Medical and sanitary report of the native army of Bengal for the year
Year: 1874
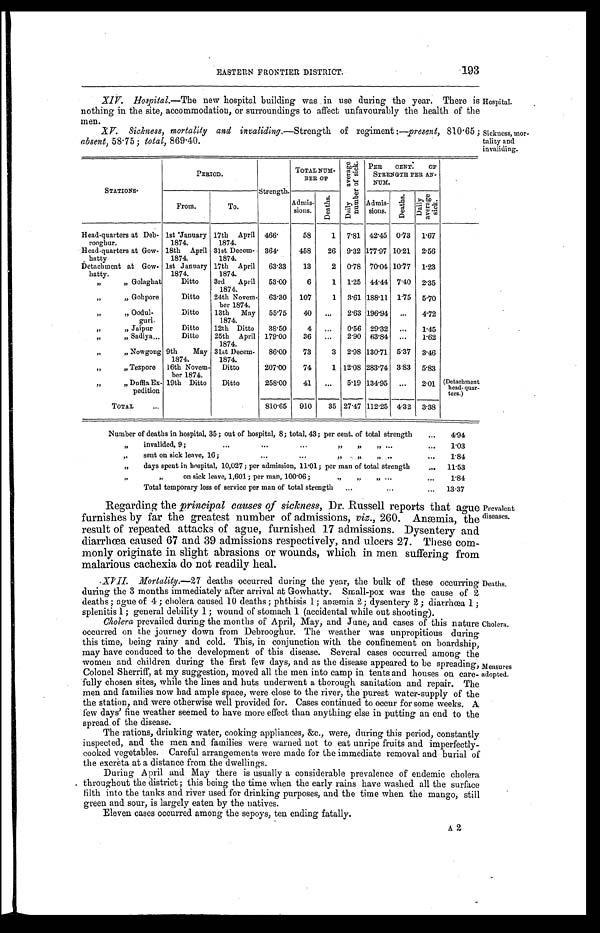
EASTERN FRONTIER DISTRICT.
193
XI V. Hos pi t al . —Then e w h o s p i t a l b u i l d i n g w a s i n u s e d u r i n g t h e y e a r . T h e r e i s
nothing in the site, accommodation, or surroundings to affect unfavourably the health of the
men.
XV. Sickness, mortality and invaliding.—Strength of regiment:—present, 810.65;
absent, 58.75; total, 869.40.
Hospital.
Sickness, mor
-tality and
invaliding.
S T A T I O N S .
PERIOD.
Strength.
TOTAL NUM-
BER OF
D a i l y a v e r a g e n u m b e r o f s i c k .
P E R C E N T . O F S T R E N G T H P E R A N - N U M
From.
To.
A d m i s - s i o n s . D e a t h s .
A d m i s - s i o n s . D e a t h s .
D a i l y a v e r a g e s i c k .
Head-quarters at Deb- 1st 'January 17th April 466.
58
1 7.81 42..45 0.73 1.67
rooghur.
1874.
1874.
Head-quarters at Gow- 18th April 31st Decem- 364.
458
26 9.32 177.97 10.21 2.56
hatty
1874,
1874.
Detachment at Gow- 1st January 17th April 63.33
13
2 0.78 70.01 10.77 1.23
h a t t y .
1874.
1874.
"
" Golaghat
Ditto
3rd April 53.00
6
1 1.25 44.44 7.40 2.35
1874.
"
" Gohpore
Ditto
24th Novem- 63.30 107
1 3.61 188.11 1.75 5.70
ber 1874.
"
" Oodul-
Ditto
13th May 55.75
40 ...
2.63 196.94
. . . 4.72
g u r i .
1874.
"
" Jaipur
Ditto
12th Ditto
38.50
4 ...
0.56 29.32
. . . 1.45
"
" Sadiya...
Ditto
25th April 179.00
36 ...
2.90 63.84
. . . 1.62
1874.
"
" Nowgong 9th
May 31st Decem- 86.00
73
3 2.98 130.71 5.37 3.46
1874.
1874.
"
" Tezpore 16th Novem- Ditto
207.00
74
1 12.08 283.74 3.83 5.83
ber 1874.
"
" Duffla Ex- 19th Ditto
Ditto
258.00
41 ...
5.19 134.95 ...
2.01
( D e t a c h m e n t h e a d - q u a r - t e r s . )
pedition
TOTAL
...
810.65 910
35 27.47 112.25 4.32 3.38
Number of deaths in hospital, 35; out of hospital, 8; total, 43; per cent. of total strength
...
4.94
"
invalided, 9;
...
...
...
" "
" ...
...
1.03
"
sent on sick leave, 16;
...
...
" "
" ...
...
1.84
"
days spent in hospital, 10,027; per admission, 11 .01; per man of total strength
... 11.53
II
„
on sick leave, 1,601; per man, 100.06;
,,
,, ,, ...
...
1.84
Total temporary loss of service per man of total strengt ...
...
...
13 .37
Regarding; the principal causes of sickness, Dr. Russell reports that ague
furnishes by far the greatest number of admissions, viz., 260. Anæmia, the
result of repeated attacks of ague, furnished 17 admissions. Dysentery and
diarrhoea caused 67 and 39 admissions respectively, and ulcers 27. These com-
monly originate in slight abrasions or wounds, which in men suffering from
malarious cachexia do not readily heal.
Prevalent
diseases.
• X V I I . Mo r t a l i t . —2 7d e a t h s o c c u r r e d d u r i n g t h e y e a r , t h e b u l k o f t h e s e o c c u r r i n g
during the 3 months immediately after arrival at Gowhatty. Small-pox was the cause of 2
deaths; ague of 4; cholera caused 10 deaths; phthisis 1; anæmia 2; dysentery 2; diarrhœa 1;
snlenitis 1; general debility 1; wound of stomach 1 (accidental while out shooting).
Cholera prevailed during the months of April, May, and June, and cases of this nature
occurred on the journey down from Debrooghur. The weather was unpropitious during
this time, being rainy and cold. This, in conjunction with the confinement on boardship,
may have conduced to the development of this disease. Several cases occurred among the
women and children during the first few days, and as the disease appeared to be spreading,
Colonel Sherriff, at my suggestion, moved all the men into camp in tents and houses on care
-fully chosen sites, while the lines and huts underwent a thorough sanitation and repair. The
men and families now bad ample space, were close to the river, the purest water-supply of the
the station, and were otherwise well provided for. Cases continued to occur for some weeks. A
few days' fine weather seemed to have more effect than anything else in putting an end to the
suread of the disease.
T h e r a t i o n s , d r i n k i n g w a t e r , c o o k i n g a p p l i a n c e s , & e . , w e r e , d u r i n g t h i s p e r i o d c o n s t a n t l y
I n s p e c t e d , a n d t h e m e n a n d f a , i l i e s w e r e w a r n e d n o t t o e a t u n r i p e f r u i t s a n d i m p e r f e c t l y -
c o o k e d v e g e t a b l e s . C a r e f u l a r r a n g e m e n t s w e r e m a d e f o r t h e i m m e d i a t e r e m o v a l a n d b u r i a l o f
t h e e x c r e t a a t a d i s t a n c e f r o m t h e d w e l l i n g s .D
u r i n g A p r i l a n d M a y t h e r e i s u s u a l l y a c o n s i d e r a b l e p r e v a l e n c e o f e n d e m i c c h o l e r a
t h r o u g h o u t t h e d i s t r i c t ; t h i s b e i n g t h e t i m e w h e n t h e e a r l y r a i n s h a v e w a s h e d a l l t h e s u r f a c e
f i l t h i n t o t h e t a n k s a n d r i v e r u s e d f o r d r i n k i n g p u r p o s e s , a n d t h e t i m e w h e n t h e m a n g o , s t i l l
g r e e n a n d s o u r , i s l a r g e l y e a t e n b y t h e n a t i v e s .E
l e v e n c a s e s o c c u r r e d a m o n g t h e s e p o y s , t e n e n d i n g f a t a l l y .
Deaths.
Cholera.
Measures
adopted.
A2